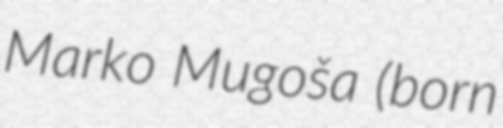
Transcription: Marko Mugoša (born